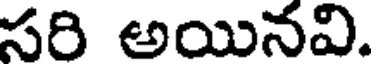
సరి అయినవి.